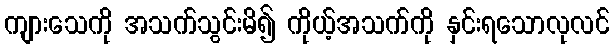
ကျားသေကို အသက်သွင်းမိ၍ ကိုယ့်အသက်ကို နှင်းရသောလုလင်